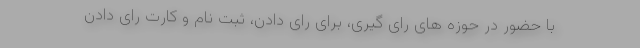
با حضور در حوزه های رای گیری، برای رای دادن، ثبت نام و کارت رای دادن